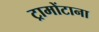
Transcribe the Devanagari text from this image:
ट्रामोंटाना